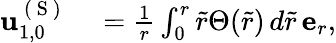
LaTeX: \begin{array}{rl}{\mathbf{u}_{1,0}^{\mathrm{~(~S~)~}}}&{{}=\frac{1}{r}\int_{0}^{r}\tilde{r}\Theta(\tilde{r})\, d\tilde{r}\, \mathbf{e}_{r},}\end{array}